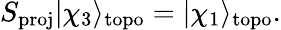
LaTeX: S_{\mathrm{proj}}|\chi_{3}\rangle_{\mathrm{topo}}=|\chi_{1}\rangle_{\mathrm{topo}}.